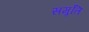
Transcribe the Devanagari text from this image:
सम़ृति